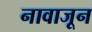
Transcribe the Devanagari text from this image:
नावाजून